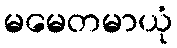
မမေတမာယုံ